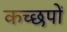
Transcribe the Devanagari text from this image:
कच्छपों